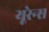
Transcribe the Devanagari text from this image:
यूरेन्स